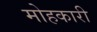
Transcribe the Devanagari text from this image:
मोहकारी